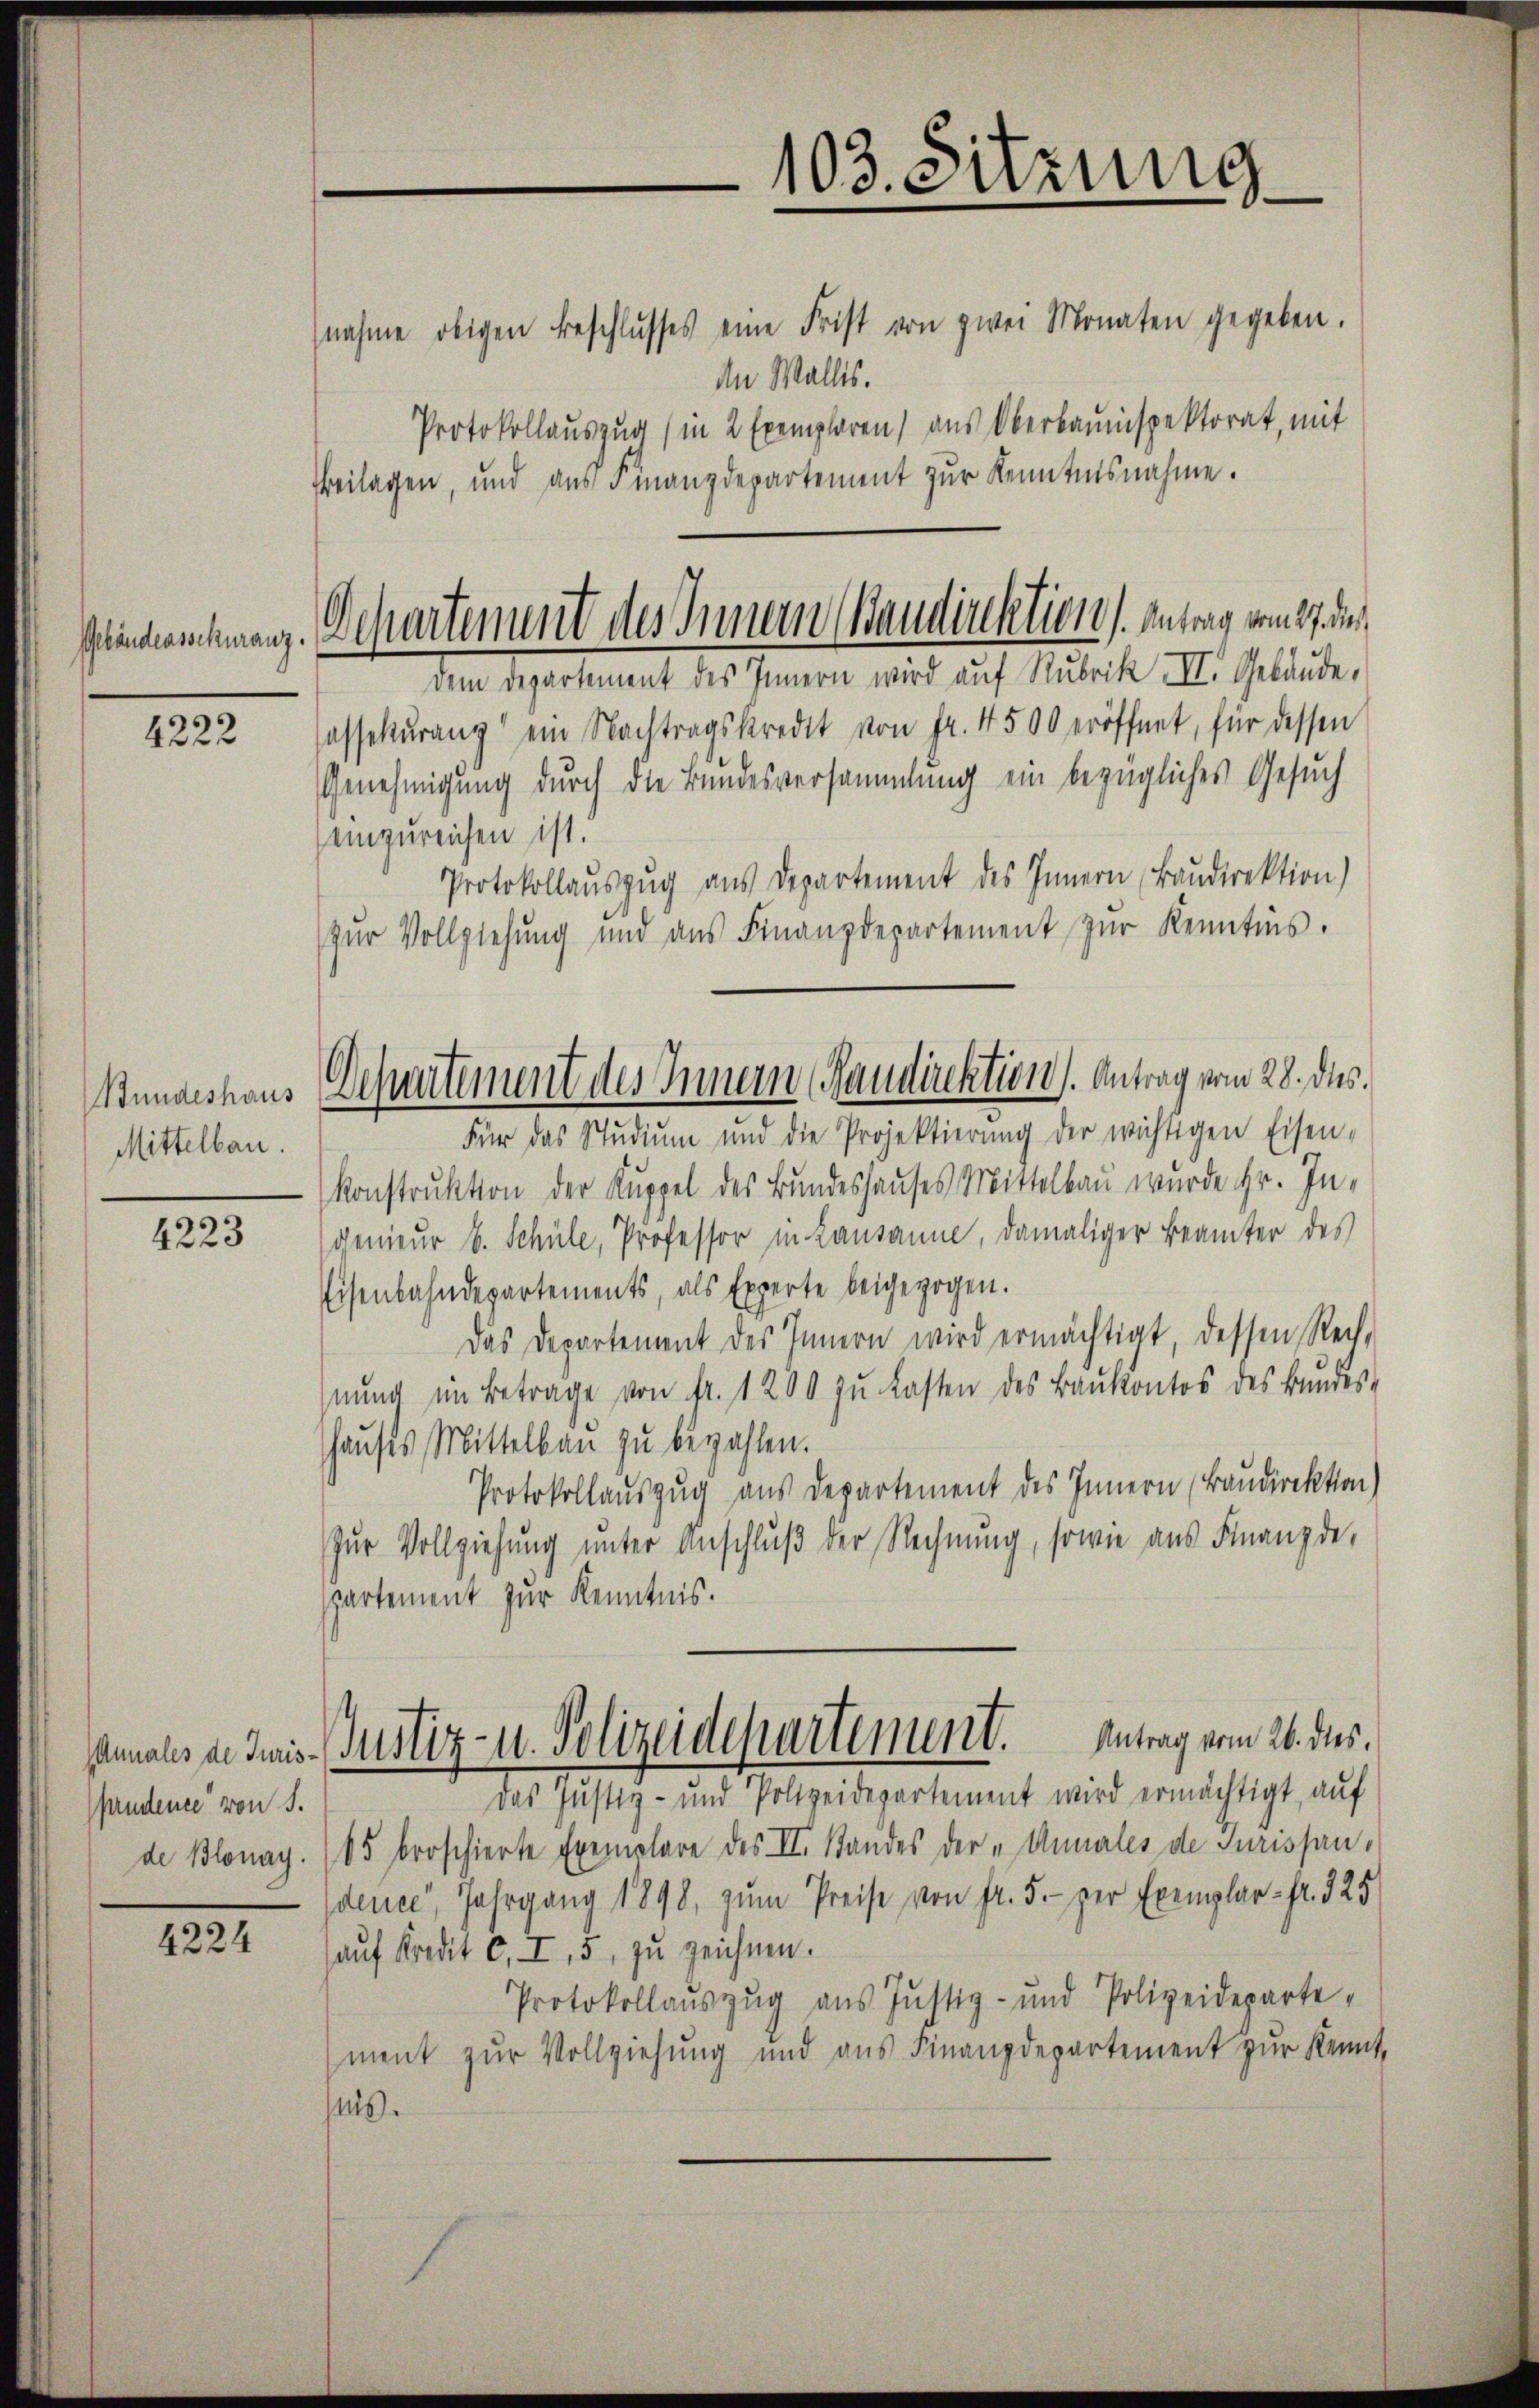
Gebändenssekuranz

4222

Bundeshaus
Mittelbau.

4223

Annales de Juris-
fandence von S.
de Blonay.

4224

103. Sitzung
.

Departement des Innern (Baudirektion). Antrag vom 27. de
dem Departement des Innern wird auf Rubrik. II. Gebäude,

Schurtement des Innern Raudirektion). Antrag vom 28. ds.
Für das Studium und die Projektierŭng der wichtigen Eisen-

nahme obigen Beschlŭsses eine Frist von zwei Monaten gegeben.
de Wallis.
Protokollauszug (in 2 Exemplaren) aus Oberbauinspektorat, mit
Beilagen, und aus Finanzdepartement zur Kenntnisnahme.
sassekŭranz ein Nachtragskredit von Fr. 4500 eröffnet, für dessen
Genehmigung durch die Bundesversammlung ein bezügliches Gesuch
einzureichen ist.
Protokollauszug aus Departement des Innern Baudirektion)
zur Vollziehung und aŭs Finanzdepartement zŭr Kenntnis.
Konstruktion der Kuppel des Bundeshauses Mittelbau wurde Hr. In-
genieur b. Schule, Professor in Lausanne, damaliger Beamter des
Eisenbahndepartements, als Experte beigezogen.
Das Departement des Innern wird ermächtigt, dessen Rech-
hnŭng im Betrage von Fr. 1200 zŭ lasten des Baŭkontos des Bŭndes-
hauses Mittelbau zu bezahlen.
Protokollauszug aus Departement des Innern (Baudirektion)
Zŭr Vollziehung unter Anschlŭβ der Rechnung, sowie aus Finanzde,
spartement zur Kenntnis.
Justiz- u. Polizeidepartement. Antrag vom 26. des
das Justiz- und Polizeidepartement wird ermächtigt, auf
65 broschierte Exemplare des II. Standes der „Annales de Jurissan,
dence, Jahrgang 1898, zum Preise von fr. 5. per Exemplar - Fr. 325
aŭf Kredit c. I, 5, zu zeichnen.
Protokollauszug aus Justiz- und Polizeideparte
ment zur Vollziehung und aus Finanzdepartement zur Kennt,
haus.